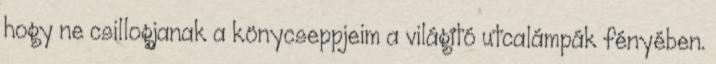
hogy ne csillogjanak a könycseppjeim a világító utcalámpák fényében.